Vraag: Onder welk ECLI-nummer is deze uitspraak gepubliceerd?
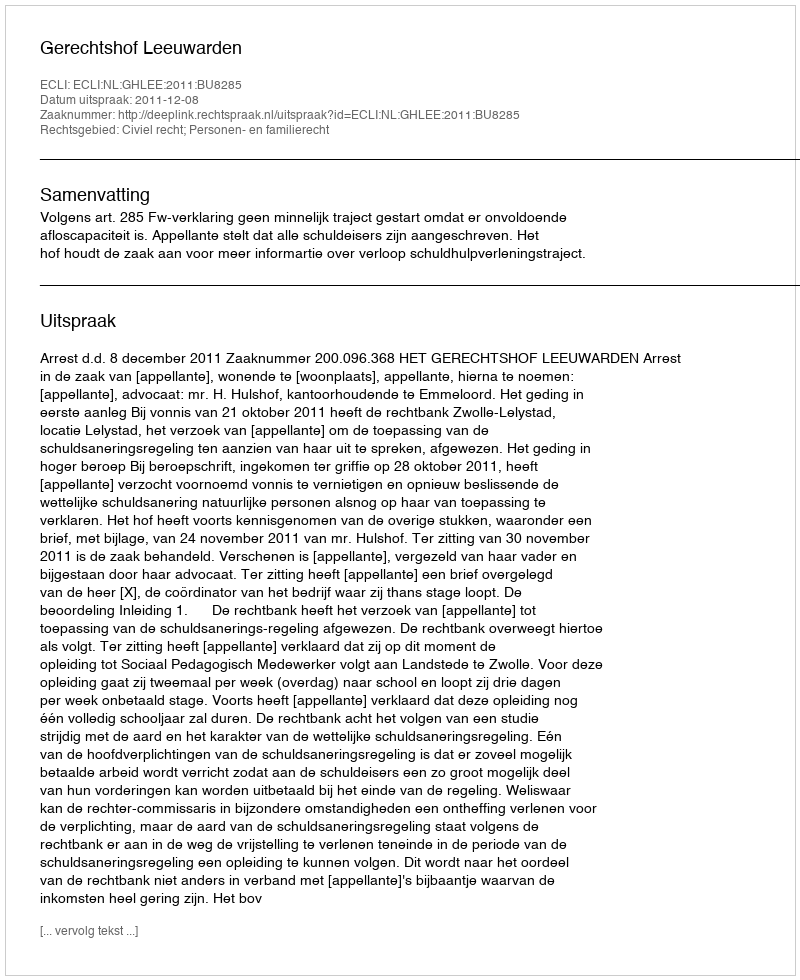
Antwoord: ECLI:NL:GHLEE:2011:BU8285